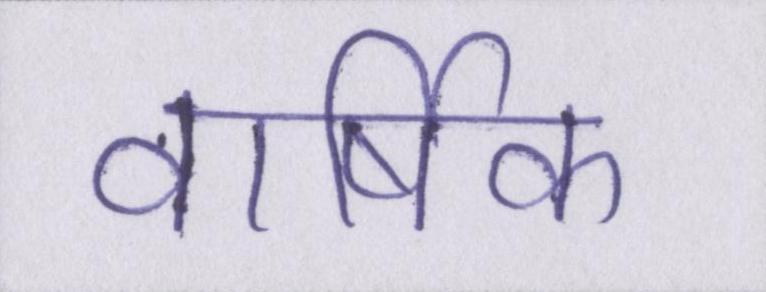
वार्षिक